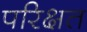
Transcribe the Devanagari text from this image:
परिक्षत